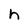
Character: h